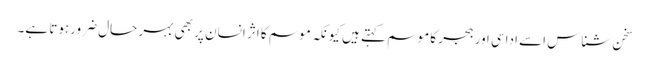
سخن شناس اسے اداسی اور ہجر کا موسم کہتے ہیں کیونکہ موسم کا اثر انسان پر بھی بہر حال ضرورہوتا ہے۔